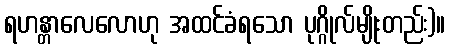
ရဟန္တာလေလောဟု အထင်ခံရသော ပုဂ္ဂိုလ်မျိုးတည်း)။